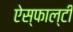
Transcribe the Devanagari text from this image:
ऐस्फाल्टी